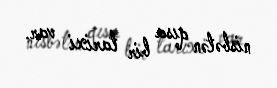
nisbətən qısa bir tarixi var.